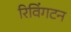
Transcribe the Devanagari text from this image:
रिविंगटन